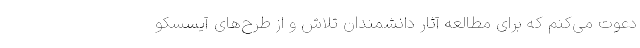
دعوت می‌کنم که برای مطالعه آثار دانشمندان تلاش و از طرح‌های آیسسکو